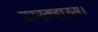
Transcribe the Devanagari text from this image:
फार्महाउस।